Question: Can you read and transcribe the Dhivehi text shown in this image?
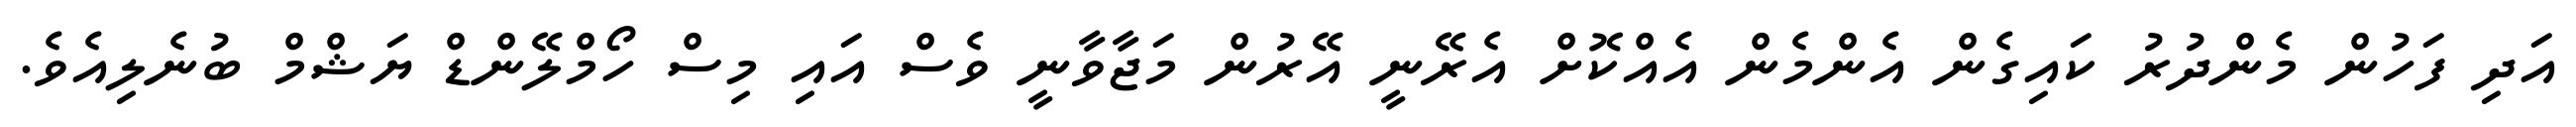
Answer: އަދި ފަހުން މެންދުރު ކައިގެން އެންމެން އެއްކޮށް އެރޭނީ އޭރުން މަޖާވާނީ ވެސް އައި މިސް ހޯމްލޭންޑް ޔަޝްމް ބުނެލިއެވެ.